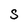
Character: S